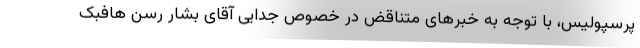
پرسپولیس، با توجه به خبرهای متناقض در خصوص جدایی آقای بشار رسن هافبک